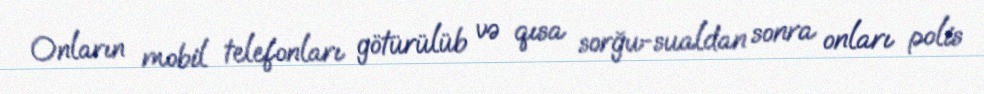
Onların mobil telefonları götürülüb və qısa sorğu-sualdan sonra onları polis